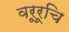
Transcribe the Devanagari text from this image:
वरूरूचि